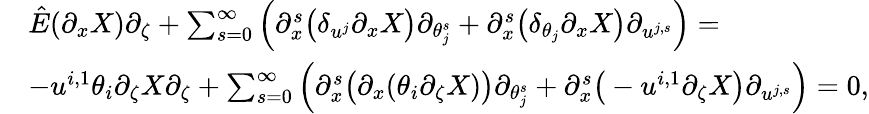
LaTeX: \begin{array}{rl}&{\hat{E}({\partial}_{x}X){\partial}_{\zeta}+\sum_{s=0}^{\infty}\Big({\partial}_{x}^{s}\big(\delta_{u^{j}}{\partial}_{x}X\big){\partial}_{\theta_{j}^{s}}+{\partial}_{x}^{s}\big(\delta_{\theta_{j}}{\partial}_{x}X\big){\partial}_{u^{j,s}}\Big)=}\\ &{-u^{i,1}\theta_{i}{\partial}_{\zeta}X{\partial}_{\zeta}+\sum_{s=0}^{\infty}\Big({\partial}_{x}^{s}\big({\partial}_{x}(\theta_{i}{\partial}_{\zeta}X)\big){\partial}_{\theta_{j}^{s}}+{\partial}_{x}^{s}\big(-u^{i,1}{\partial}_{\zeta}X\big){\partial}_{u^{j,s}}\Big)=0,}\end{array}